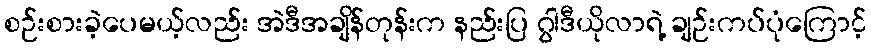
စဉ်းစားခဲ့ပေမယ့်လည်း အဲဒီအချိန်တုန်းက နည်းပြ ဂွါဒီယိုလာရဲ့ ချဉ်းကပ်ပုံကြောင့်